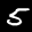
Label: 5